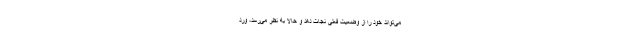
می‌تواند خود را از وضعیت فعلی نجات دهد و حالا به نظر می‌رسد، ورد